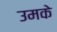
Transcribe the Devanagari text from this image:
उमके